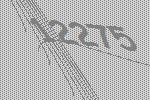
12275